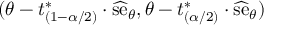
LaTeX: ( \theta - t _ { ( 1 - \alpha / 2 ) } ^ { * } \cdot { \widehat { \mathrm { s e } } } _ { \theta } , \theta - t _ { ( \alpha / 2 ) } ^ { * } \cdot { \widehat { \mathrm { s e } } } _ { \theta } )